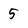
Character: 5